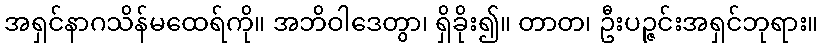
အရှင်နာဂသိန်မထေရ်ကို။ အဘိဝါဒေတွာ၊ ရှိခိုး၍။ တာတ၊ ဦးပဉ္ဇင်းအရှင်ဘုရား။